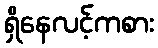
ရှိနေလင့်ကစား